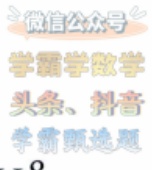
微信公众号
学霸数学
头条、抖音
学霸题选题